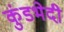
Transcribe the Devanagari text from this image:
कुंडभेदी